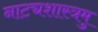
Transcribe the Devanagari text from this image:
नाट्यशास्त्रमु